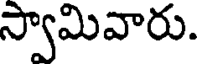
స్వామివారు.